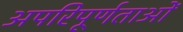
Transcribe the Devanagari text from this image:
अपरिपूर्णताओं